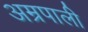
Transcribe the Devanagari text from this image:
अम्रपाली